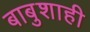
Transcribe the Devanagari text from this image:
बाबुशाही